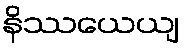
နိဿယေယျ